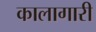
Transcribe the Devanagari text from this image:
कालागारी